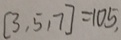
[ 3 , 5 , 7 ] = 1 0 5 ,